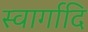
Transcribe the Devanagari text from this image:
स्वार्गादि